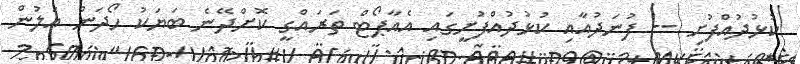
ކުޅުދުއްފުށި -- ފުނަދުއާއި ކުޅުދުއްފުށީގައި އެއާޕޯޓް ތަރައްގީ ކޮށްދޭނެ ބަޔަކު ހޯދަން އަލުން